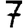
Digit: 7